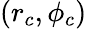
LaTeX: (r_{c},\phi_{c})